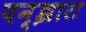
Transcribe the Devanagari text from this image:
पन्झारा